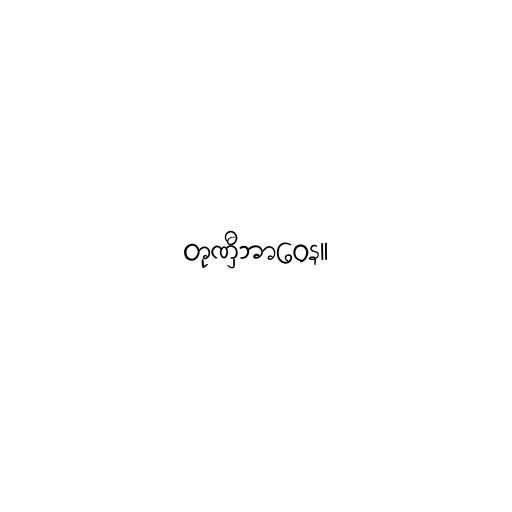
တုဏှီဘာဝေန။